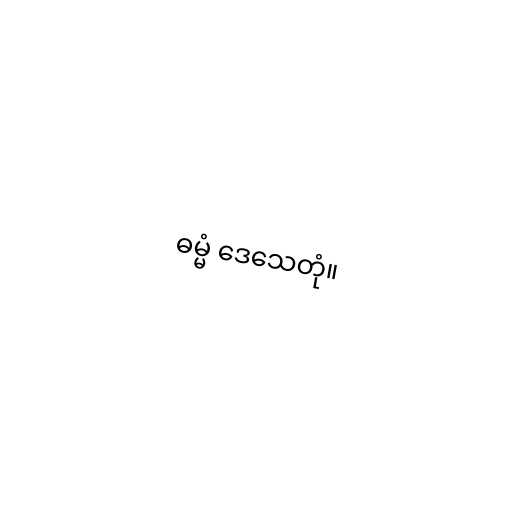
ဓမ္မံ ဒေသေတုံ။